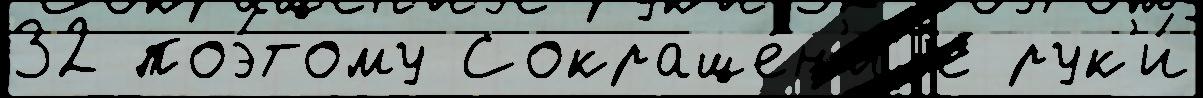
32 поэ́тому Сокраще́н'иjе рук'и́